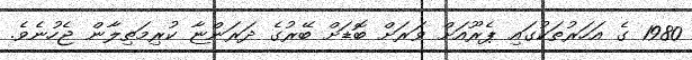
1980 ގެ އަހަރުތަކުގައި ޕެރޫއަށް ވަރަށް ބޮޑަށް ބޭރުގެ ދަރަންޏާ ކުރިމަތިލާން ޖެހުނެވެ.